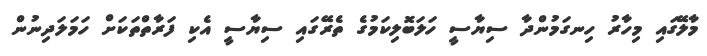
މާލޭގައި މިހާރު ހިނގަމުންދާ ސިޔާސީ ހަލަބޮލިކަމުގެ ތެރޭގައި ސިޔާސީ އެކި ފަރާތްތަކަށް ހަމަލަދިނުން